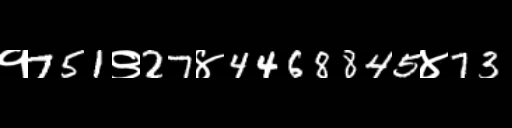
Text: १751९27४4468845४73